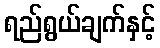
ရည်ရွယ်ချက်နှင့်